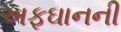
અફઘાનની